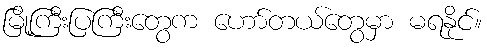
မြို့ကြီးပြကြီးတွေက ဟော်တယ်တွေမှာ မရနိုင်။